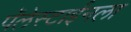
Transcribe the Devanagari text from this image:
पॅलेस्टाईनला